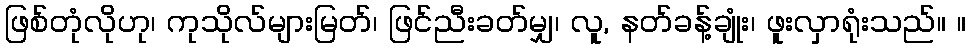
ဖြစ်တုံလိုဟု၊ ကုသိုလ်များမြတ်၊ ဖြင်ညီးခတ်မျှ၊ လူ, နတ်ခန့်ချုံး၊ ဖူးလှာရုံးသည်။ ။